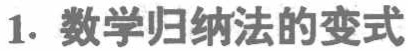
1. 数学归纳法的变式